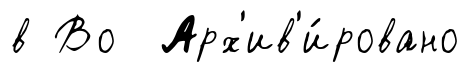
в Во Арх'ив'и́ровано